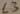
Text: L3